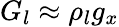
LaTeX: G_{l}\approx\rho_{l}g_{x}